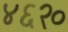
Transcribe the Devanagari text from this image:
४६२०